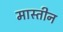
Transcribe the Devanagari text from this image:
मास्तीन